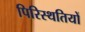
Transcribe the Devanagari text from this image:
पिरिस्थतियों